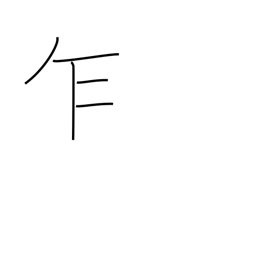
Meaning: notwithstanding